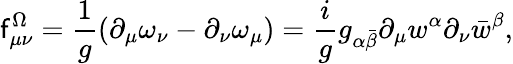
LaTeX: \mathsf{f}_{\mu\nu}^{\Omega}={\frac{{1}}{{g}}}(\partial_{\mu}\omega_{\nu}-\partial_{\nu}\omega_{\mu})={\frac{{i}}{{g}}}g_{\alpha\bar{{\beta}}}\partial_{\mu}w^{\alpha}\partial_{\nu}\bar{{w}}^{\beta},